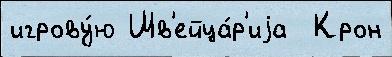
игрову́ю Шв'ейца́р'иjа  Крон